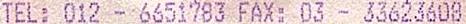
TEL: 012 - 6651783 FAX: 03 - 33623608